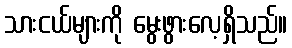
သားငယ်များကို မွေးဖွားလေ့ရှိသည်။